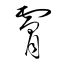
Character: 膚